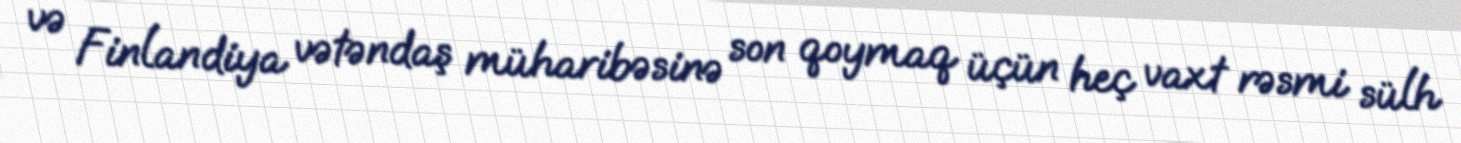
və Finlandiya vətəndaş müharibəsinə son qoymaq üçün heç vaxt rəsmi sülh